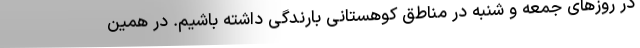
در روزهای جمعه و شنبه در مناطق کوهستانی بارندگی داشته باشیم. در همین